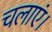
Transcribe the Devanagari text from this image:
चलाएं।